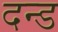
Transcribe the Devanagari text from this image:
दन्ड